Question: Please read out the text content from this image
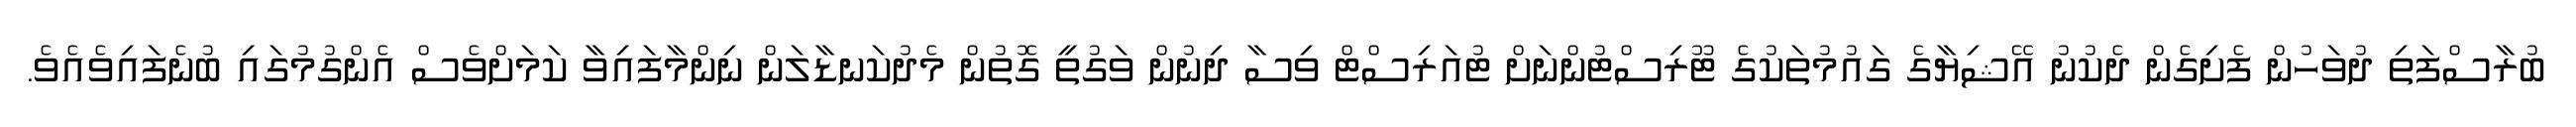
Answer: ބުރާސްފަތި ދުވަހުން ފެށިގެން ދެކުނު އޭޝިޔާގެ ގައުމުތަކުގެ ޓޫރިސްޓުންނަށް ޓުއަރިސްޓް ވިސާ ދިނުން ވަގުތީ ގޮތުން މެދުކަނޑާލަން ނިންމާފައިވާ ކަމަށްވެސް އެންގުމުގައި ބުނެފައިވެއެވެ.